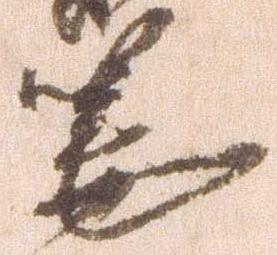
筆